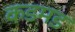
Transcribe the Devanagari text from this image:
कडमड